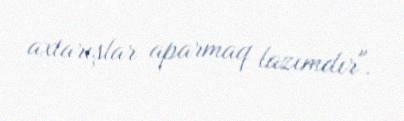
axtarışlar aparmaq lazımdır".